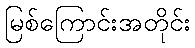
မြစ်ကြောင်းအတိုင်း